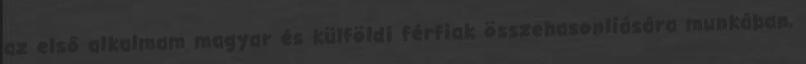
az első alkalmam magyar és külföldi férfiak összehasonlíására munkában,